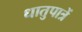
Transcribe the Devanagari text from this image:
धातुपात्रें